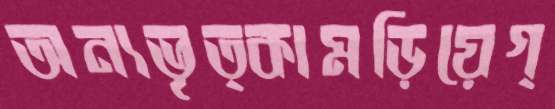
অন্যভৃত্কামড়িয়েগ্